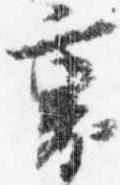
裏